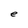
Character: e